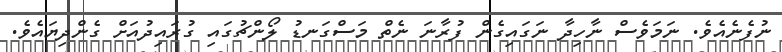
ނުފެނެއެވެ. ނަމަވެސް ނާހިދާ ނަގައިގެން ފުރާނަ ނެތް މަސްގަނޑު ލޯންޗުގައި ގުރައިދުއަށް ގެންދިޔައެވެ.